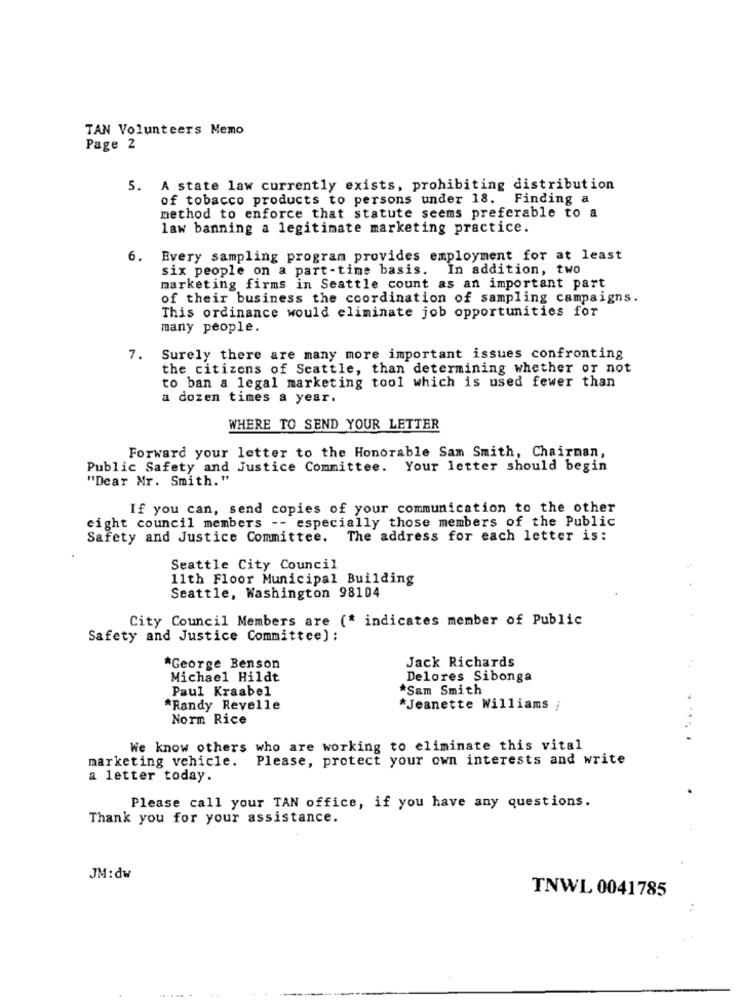
TAN Volunteers Memo
Page 2
5. A state law currently exists, prohibiting distribution
of tobacco products to persons under 18. Finding a
method to enforce that statute seems preferable to a
law banning a legitimate marketing practice.
6.
Every sampling program provides employment for at least
six people on a part-time basis. In addition, two
marketing firms in Seattle count as an important part
of their business the coordination of sampling campaigns.
This ordinance would eliminate job opportunities for
many people.
7. Surely there are many more important issues confronting
the citizens of Seattle, than determining whether or not
to ban a legal marketing tool which is used fewer than
a dozen times a year.
WHERE TO SEND YOUR LETTER
Forward your letter to the Honorable Sam Smith, Chairman,
Public Safety and Justice Committee. Your letter should begin
"Dear Mr. Smith. "
If you can, send copies of your communication to the other
eight council members -- especially those members of the Public
Safety and Justice Committee.
The address for each letter is:
Seattle City Council
11th Floor Municipal Building
Seattle, Washington 98104
City Council Members are (* indicates member of Public
Safety and Justice Committee) ;
Jack Richards
*George Benson
Michael Hildt
Delores Sibonga
Paul Kraabel
*Sam Smith
*Randy Revelle
*Jeanette Williams ;
Norm Rice
We know others who are working to eliminate this vital
marketing vehicle. Please, protect your own interests and write
a letter today.
Please call your TAN office, if you have any questions.
Thank you for your assistance.
JM: dw
TNWL 0041785